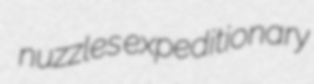
nuzzles expeditionary